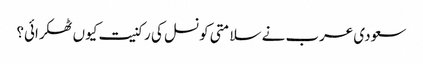
سعودی عرب نے سلامتی کونسل کی رکنیت کیوں ٹھکرائی؟